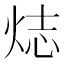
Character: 𬊌